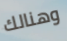
وهنالك